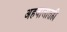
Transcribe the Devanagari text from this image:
अहवालातही